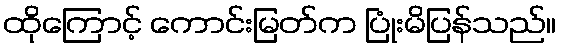
ထိုကြောင့် ကောင်းမြတ်က ပြုံးမိပြန်သည်။